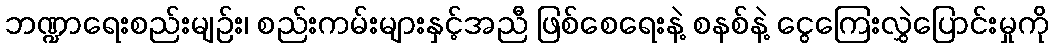
ဘဏ္ဍာရေးစည်းမျဉ်း၊ စည်းကမ်းများနှင့်အညီ ဖြစ်စေရေးနဲ့ စနစ်နဲ့ ငွေကြေးလွှဲပြောင်းမှုကို